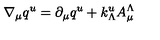
\nabla _ { \mu } q ^ { u } = \partial _ { \mu } q ^ { u } + k _ { \Lambda } ^ { u } A _ { \mu } ^ { \Lambda }